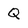
Character: Q